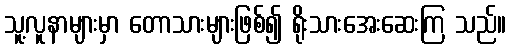
သူ့လူနာများမှာ တောသားများဖြစ်၍ ရိုးသားအေးဆေးကြ သည်။